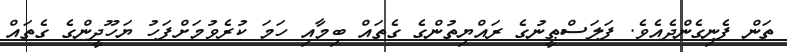
ތަން ފެނިގެންދެއެވެ. ފަލަސްޠީނުގެ ރައްޔިތުންގެ ގެތައް ބިމާއި ހަމަ ކުރެވުމަށްފަހު ޔަހޫދީންގެ ގެތައް